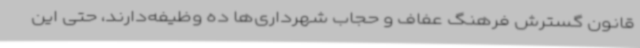
قانون گسترش فرهنگ عفاف و حجاب شهرداری‌ها ده وظیفه‌دارند، حتی این